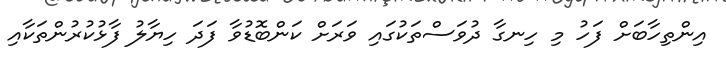
އިންތިހާބަށް ފަހު މި ހިނގާ ދުވަސްތަކުގައި ވަރަށް ކަންބޮޑުވާ ފަދަ ހިޔާލު ފާޅުކުރުންތަކާއި